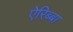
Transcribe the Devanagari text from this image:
ऐरिब्बा